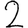
Digit: 2